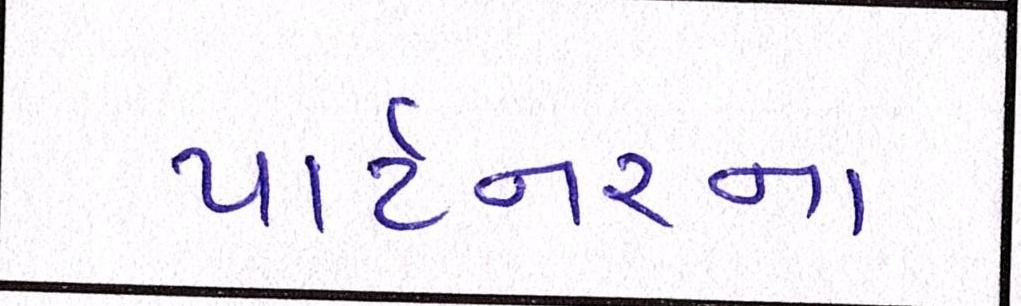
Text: પાર્ટનરના